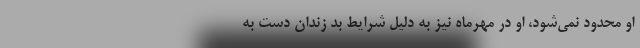
او محدود نمی‌شود، او در مهرماه نیز به دلیل شرایط بد زندان دست به